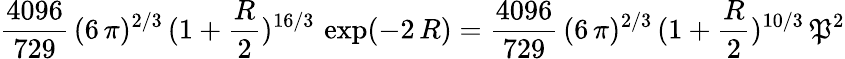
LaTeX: \frac{4096}{729}\, (6\, \pi)^{2/3}\, (1+\frac{R}{2})^{16/3}\, \exp(-2\, R)=\frac{4096}{729}\, (6\, \pi)^{2/3}\, (1+\frac{R}{2})^{10/3}\, \mathfrak{P}^{2}